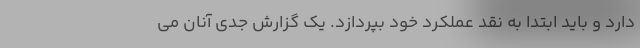
دارد و باید ابتدا به نقد عملکرد خود بپردازد. یک گزارش جدی آنان می